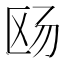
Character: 𪟮